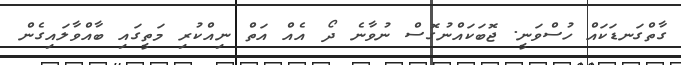
ގާތްގަނޑަކައް ހުސްވަނީ. ޖޮބަކައްނުގޮސް ނުވާނެ ދޯ އެއް އަތް ނިއްކުރި މަތީގައި ބާއްވާލައިގެން